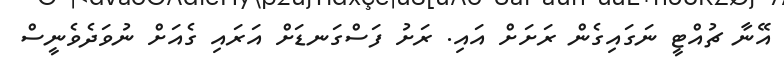
އޭނާ ޗުއްޓީ ނަގައިގެން ރަށަށް އައި. ރަށު ފަސްގަނޑަށް އަރައި ގެއަށް ނުވަދެވެނީސް